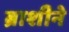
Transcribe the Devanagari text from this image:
ब्राशीने